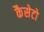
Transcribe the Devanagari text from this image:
कैसेटो